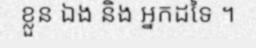
ខ្លួន ឯង និង អ្នកដទៃ ។